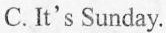
C.It's Sunday.